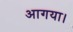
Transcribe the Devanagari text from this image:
आगया।